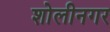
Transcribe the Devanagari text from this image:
शोलीनगर